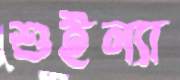
শুইন্যা